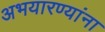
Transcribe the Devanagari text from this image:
अभयारण्यांना